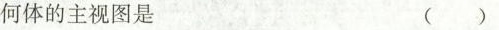
何体，这个几何体的主视图是 ( )